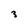
Character: 3